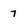
Character: 7